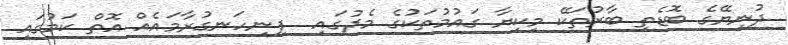
ދުނިޔޭގެ ބޮޑެތި ބާރުތަކޭ މިކިޔާ ގައުމުތަކުގެ މެދުގައި  ފިނިހަނގުރާމައެއް އޮތް ކަމުގައި